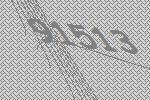
91513